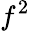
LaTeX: f^{2}